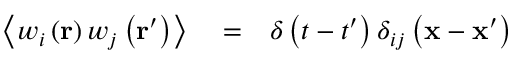
\begin{array} { r l r } { \left\langle w _ { i } \left( \mathbf { r } \right) w _ { j } \left( \mathbf { r } ^ { \prime } \right) \right\rangle } & { { } = } & { \delta \left( t - t ^ { \prime } \right) \delta _ { i j } \left( \mathbf { x } - \mathbf { x } ^ { \prime } \right) } \end{array}